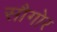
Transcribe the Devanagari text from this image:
सौगोर